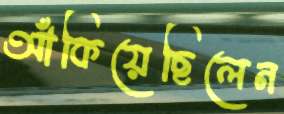
আঁকিয়েছিলেন